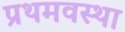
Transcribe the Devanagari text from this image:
प्रथमवस्था